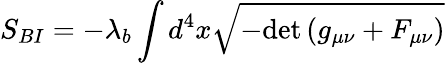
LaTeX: S_{BI}=-\lambda_{b}\int{d^{4}x\sqrt{-\mathrm{det}\left(g_{\mu\nu}+F_{\mu\nu}\right)}}